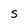
Character: S